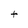
Character: t